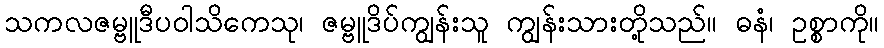
သကလဇမ္ဗူဒီပဝါသိကေသု၊ ဇမ္ဗူဒိပ်ကျွန်းသူ ကျွန်းသားတို့သည်။ ဓနံ၊ ဥစ္စာကို။